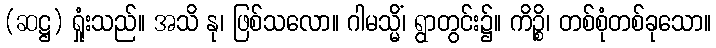
(ဆဋ္ဌ) ရှုံးသည်။ အသိ နု၊ ဖြစ်သလော။ ဂါမသ္မိံ၊ ရွာတွင်း၌။ ကိဉ္စိ၊ တစ်စုံတစ်ခုသော။